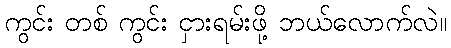
ကွင်း တစ် ကွင်း ငှားရမ်းဖို့ ဘယ်လောက်လဲ။